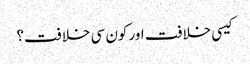
کیسی خلافت اور کون سی خلافت؟